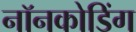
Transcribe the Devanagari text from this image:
नॉनकोडिंग